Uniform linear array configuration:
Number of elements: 32
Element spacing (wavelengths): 1
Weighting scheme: uniform
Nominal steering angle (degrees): -60
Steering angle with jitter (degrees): -60.881
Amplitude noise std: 0.05
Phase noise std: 0.05

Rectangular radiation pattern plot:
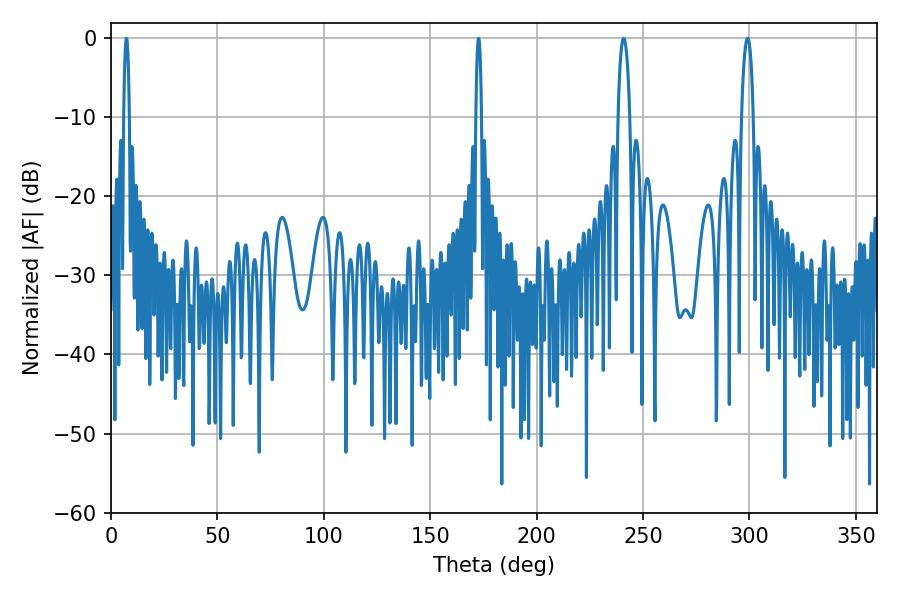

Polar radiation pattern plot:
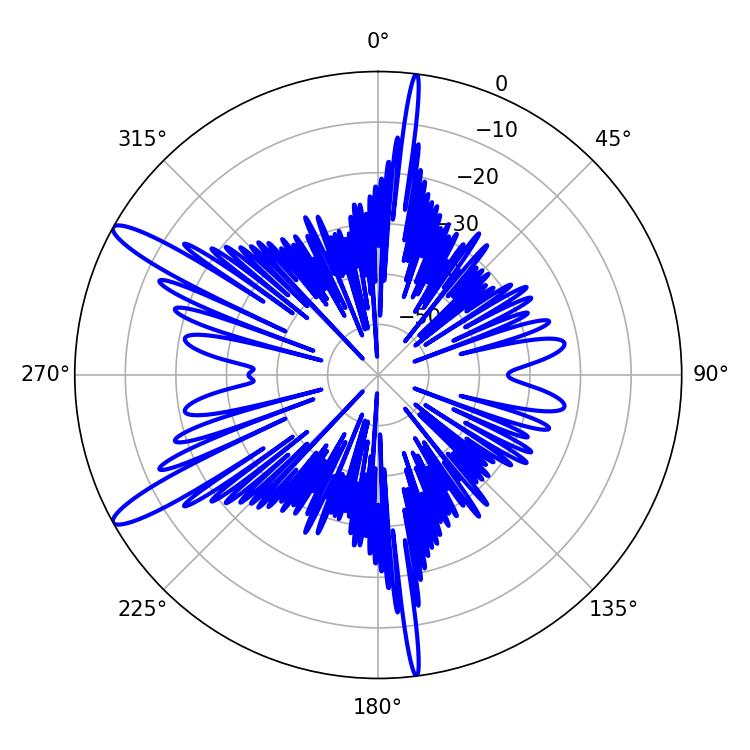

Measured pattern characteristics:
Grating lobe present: TRUE
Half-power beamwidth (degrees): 3.06
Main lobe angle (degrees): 240.84